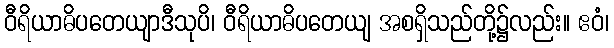
ဝီရိယာဓိပတေယျာဒီသုပိ၊ ဝီရိယာဓိပတေယျ အစရှိသည်တို့၌လည်း။ ဧဝံ၊